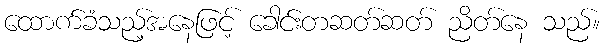
ထောက်ခံသည့်အနေဖြင့် ခေါင်းတဆတ်ဆတ် ညိတ်နေ သည်။